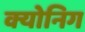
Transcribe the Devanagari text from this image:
क्योनिग